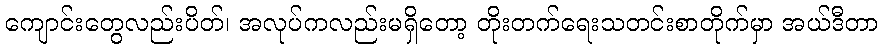
ကျောင်းတွေလည်းပိတ်၊ အလုပ်ကလည်းမရှိတော့ တိုးတက်ရေးသတင်းစာတိုက်မှာ အယ်ဒီတာ